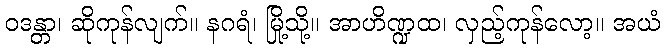
ဝဒန္တာ၊ ဆိုကုန်လျက်။ နဂရံ၊ မြို့သို့။ အာဟိဏ္ဍထ၊ လှည့်ကုန်လော့။ အယံ